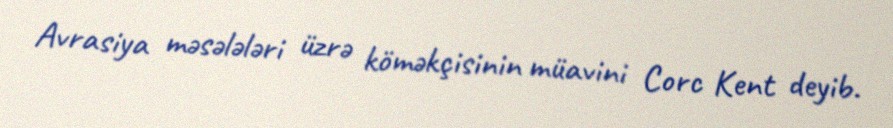
Avrasiya məsələləri üzrə köməkçisinin müavini Corc Kent deyib.